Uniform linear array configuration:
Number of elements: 32
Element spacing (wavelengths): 0.75
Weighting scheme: kaiser
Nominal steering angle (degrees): -60
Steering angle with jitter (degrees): -61.444
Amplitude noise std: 0.05
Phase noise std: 0.05

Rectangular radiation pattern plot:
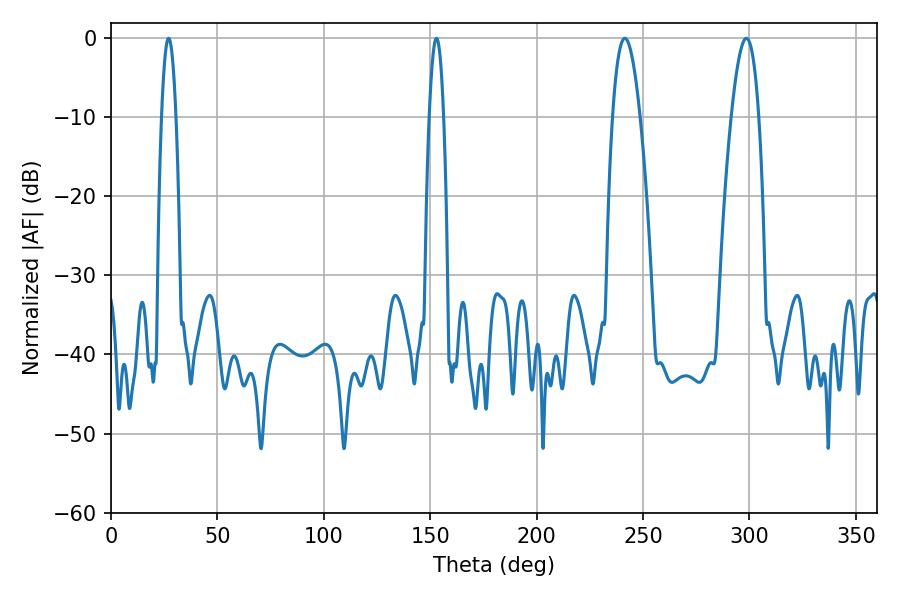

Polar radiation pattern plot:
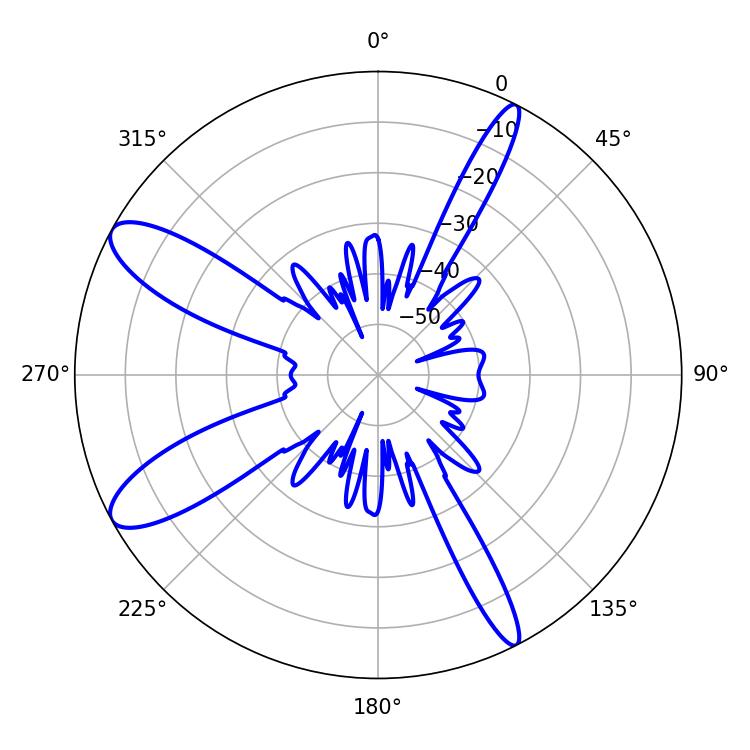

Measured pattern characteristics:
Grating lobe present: TRUE
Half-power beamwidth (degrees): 7.02
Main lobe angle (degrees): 298.62